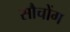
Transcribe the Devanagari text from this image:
सौचोंग